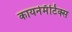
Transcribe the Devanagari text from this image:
कायनेमॅटिक्स